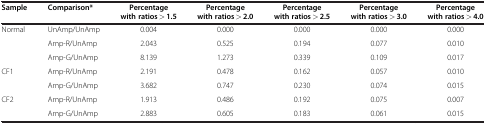
| Sample | Comparison* | Percentage with ratios > 1.5 | Percentage with ratios > 2.0 | Percentage with ratios > 2.5 | Percentage with ratios > 3.0 | Percentage with ratios > 4.0 |
 | --- | --- | --- | --- | --- | --- | --- |
 | Normal | UnAmp/UnAmp | 0.004 | 0.000 | 0.000 | 0.000 | 0.000 |
 |  | Amp-R/UnAmp | 2.043 | 0.525 | 0.194 | 0.077 | 0.010 |
 |  | Amp-G/UnAmp | 8.139 | 1.273 | 0.339 | 0.109 | 0.017 |
 | CF1 | Amp-R/UnAmp | 2.191 | 0.478 | 0.162 | 0.057 | 0.010 |
 |  | Amp-G/UnAmp | 3.682 | 0.747 | 0.230 | 0.074 | 0.015 |
 | CF2 | Amp-R/UnAmp | 1.913 | 0.486 | 0.192 | 0.075 | 0.007 |
 |  | Amp-G/UnAmp | 2.883 | 0.605 | 0.183 | 0.061 | 0.015 |